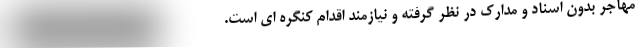
مهاجر بدون اسناد و مدارک در نظر گرفته و نیازمند اقدام کنگره ای است.